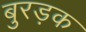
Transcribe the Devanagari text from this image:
बुरड़क